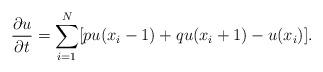
LaTeX: \begin{align*} \frac{\partial u}{\partial t} = \sum_{i=1}^N [p u(x_i - 1) + qu(x_i + 1) - u(x_i)].\end{align*}